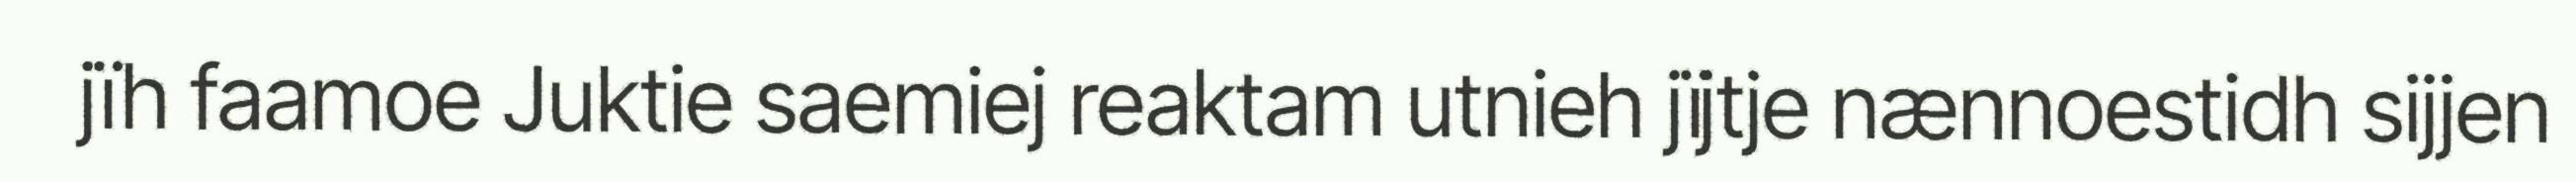
jïh faamoe Juktie saemiej reaktam utnieh jïjtje nænnoestidh sijjen